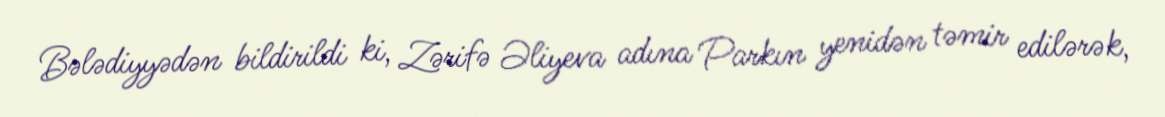
Bələdiyyədən bildirildi ki, Zərifə Əliyeva adına Parkın yenidən təmir edilərək,